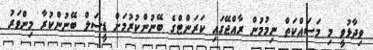
ވިދާޅުވީ މި މަސައްކަތް ނިމުމުން ރާއްޖޭގައި ކަރަންޓްގެ ބޭނުންކުރުމަށް ޑީސަލް ބޭނުންކުރާ މިންވަރު